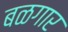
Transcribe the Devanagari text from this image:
बळगार